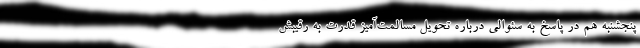
پنجشنبه هم در پاسخ به سئوالی درباره تحویل مسالمت‌آمیز قدرت به رقیبش